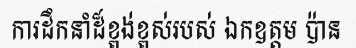
ការដឹកនាំដ៏ខ្ពង់ខ្ពស់របស់ ឯកឧត្តម ប៉ាន